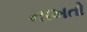
નાખતો